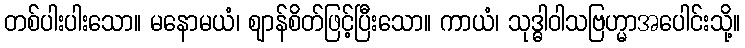
တစ်ပါးပါးသော။ မနောမယံ၊ ဈာန်စိတ်ဖြင့်ပြီးသော။ ကာယံ၊ သုဒ္ဓါဝါသဗြဟ္မာအပေါင်းသို့။